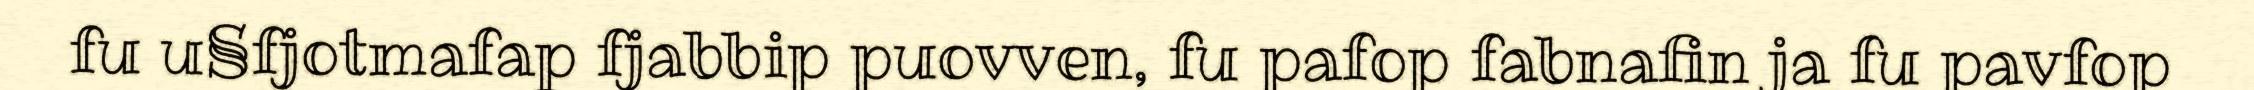
fu u§fjotmafap fjabbip puovven, fu pafop fabnafin ja fu pavfop